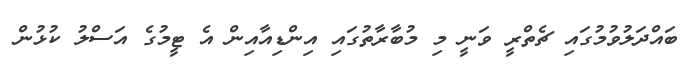
ބައްދަލުވުމުގައި ޗެތްރީ ވަނީ މި މުބާރާތުގައި އިންޑިއާއިން އެ ޓީމުގެ އަސްލު ކުޅުން